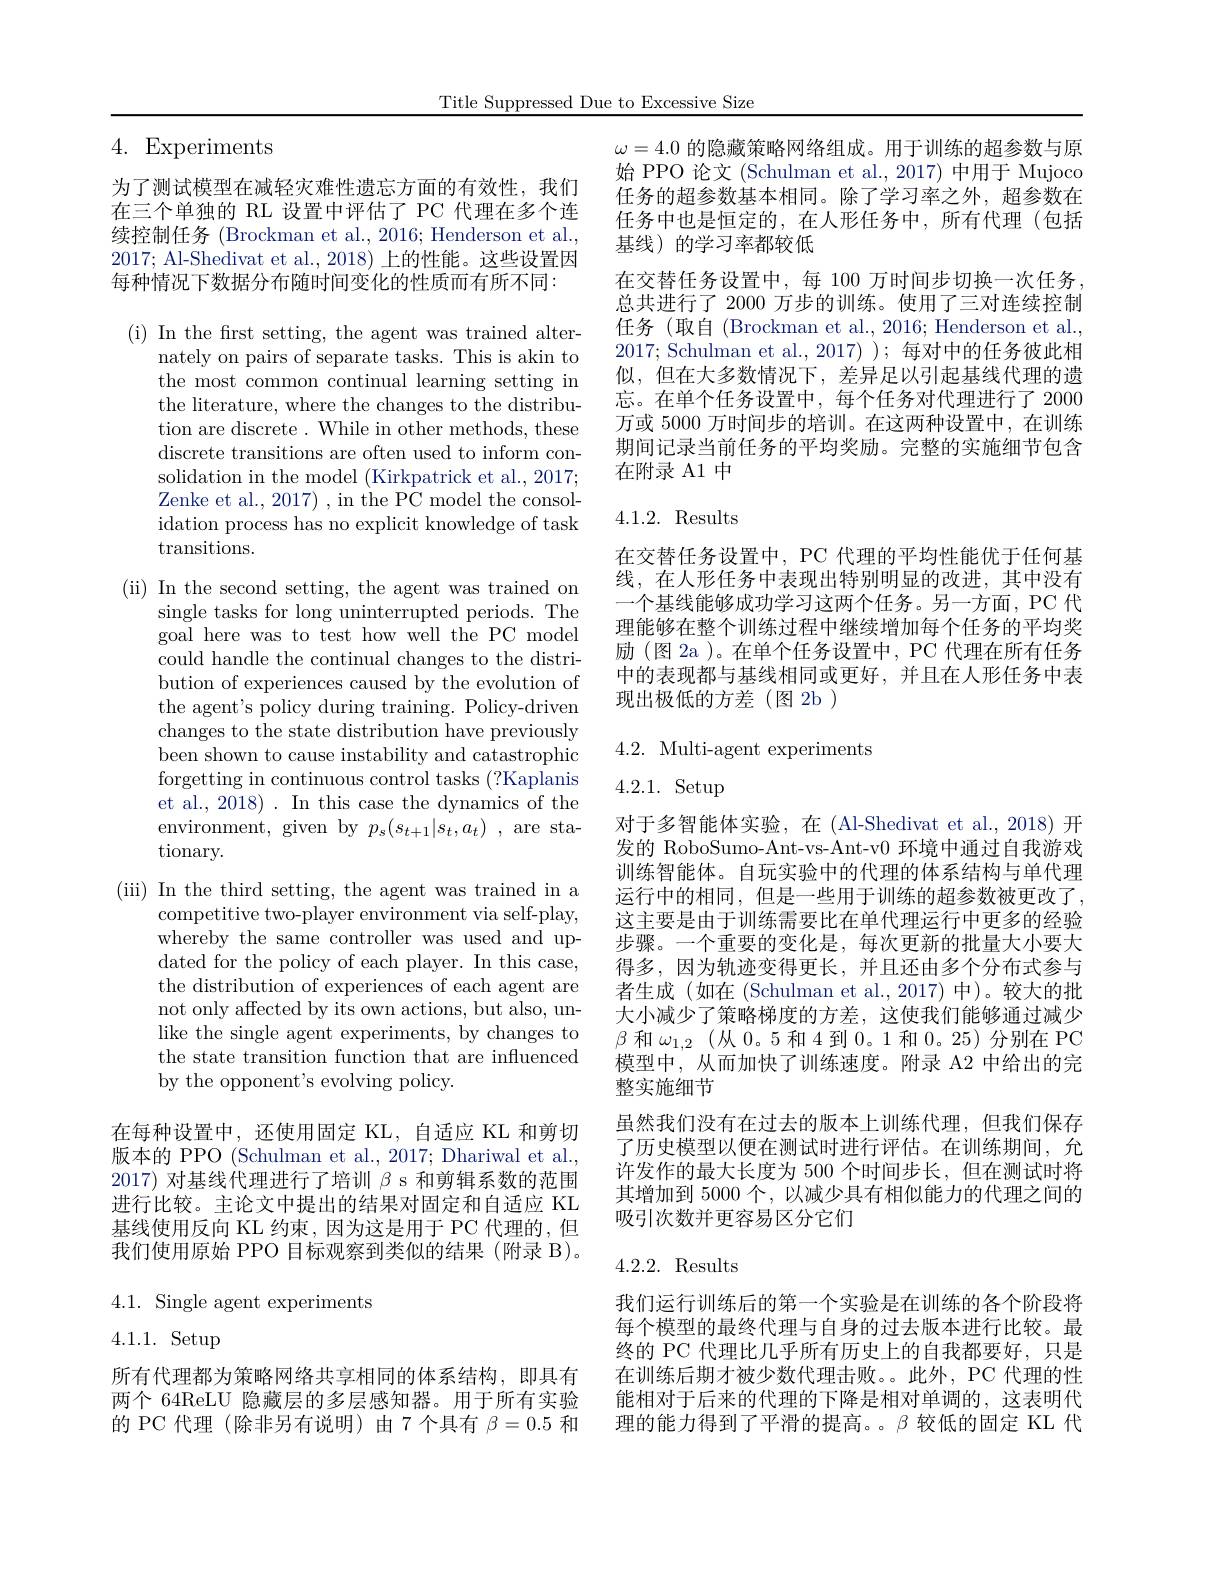
Title Suppressed Due to Excessive Size

4. Experiments

为了测试模型在减轻灾难性遗忘方面的有效性，我们在三个单独的 RL 设置中评估了 PC 代理在多个连续控制任务 (Brockman et al., 2016; Henderson et al., 2017; Al-Shedivat et al., 2018) 上的性能。这些设置因每种情况下数据分布随时间变化的性质而有所不同：

(i) In the first setting, the agent was trained alter-
nately on pairs of separate tasks. This is akin to the most common continual learning setting in the literature, where the changes to the distribution are discrete . While in other methods, these discrete transitions are often used to inform consolidation in the model (Kirkpatrick et al., 2017; Zenke et al., 2017) , in the PC model the consolidation process has no explicit knowledge of task transitions.

(ii) In the second setting, the agent was trained on
single tasks for long uninterrupted periods. The goal here was to test how well the PC model could handle the continual changes to the distribution of experiences caused by the evolution of the agent's policy during training. Policy-driven changes to the state distribution have previously been shown to cause instability and catastrophic forgetting in continuous control tasks (?Kaplanis et al., 2018) . In this case the dynamics of the environment, given by $p_s(s_{t+1}|s_t,a_t)$ , are stationary.
( iii) In the third setting, the agent was trained in a
competitive two-player environment via self-play, whereby the same controller was used and updated for the policy of each player. In this case, the distribution of experiences of each agent are not only affected by its own actions, but also, unlike the single agent experiments, by changes to the state transition function that are influenced by the opponent's evolving policy.
在每种设置中，还使用固定 KL, 自适应 KL 和剪切版本的 PPO (Schulman et al., 2017; Dhariwal et al.,

2017) 对基线代理进行了培训$\beta$ s 和剪辑系数的范围进行比较。主论文中提出的结果对固定和自适应 KL 基线使用反向 KL 约束 ,因为这是用于 PC 代理的，但我们使用原始 PPO 目标观察到类似的结果 (附录 B)。

4.1. Single agent experiments

$4.1.1.~$Setup

所有代理都为策略网络共享相同的体系结构，即具有两个 64ReLU 隐藏层的多层感知器。用于所有实验的 PC 代理 (除非另有说明)由 7 个具有$\beta=0.5$和

$\omega=4.0$的隐藏策略网络组成。用于训练的超参数与原始 PPO 论文 (Schulman et al., 2017) 中用于 Mujoco 任务的超参数基本相同。除了学习率之外，超参数在任务中也是恒定的，在人形任务中，所有代理(包括基线)的学习率都较低
在交替任务设置中，每 100 万时间步切换一次任务， 总共进行了 2000 万步的训练。使用了三对连续控制任务(取自 (Brockman et al., 2016; Henderson et al., 2017; Schulman et al.,2017));每对中的任务彼此相似，但在大多数情况下，差异足以引起基线代理的遗忘。在单个任务设置中，每个任务对代理进行了 2000万或 5000 万时间步的培训。在这两种设置中，在训练期间记录当前任务的平均奖励。完整的实施细节包含在附录 A1 中

### 4.1.2. Results

在交替任务设置中，PC 代理的平均性能优于任何基线，在人形任务中表现出特别明显的改进，其中没有一个基线能够成功学习这两个任务。另一方面，PC 代理能够在整个训练过程中继续增加每个任务的平均奖励(图 2a )。在单个任务设置中，PC 代理在所有任务中的表现都与基线相同或更好，并且在人形任务中表现出极低的方差(图2b)

## 4.2. Multi-agent experiments

# $4.2.1.~$Setup

对于多智能体实验，在 (Al-Shedivat et al., 2018) 开发的 RoboSumo-Ant-vs-Ant-v0 环境中通过自我游戏训练智能体。自玩实验中的代理的体系结构与单代理运行中的相同，但是一些用于训练的超参数被更改了， 这主要是由于训练需要比在单代理运行中更多的经验步骤。一个重要的变化是，每次更新的批量大小要大得多，因为轨迹变得更长，并且还由多个分布式参与者生成(如在(Schulman et al.,2017)中)。较大的批大小减少了策略梯度的方差，这使我们能够通过减少$\beta$和$\omega_1,2$ (从0。5 和 4 到0。1 和0。25)分别在 PC 模型中，从而加快了训练速度。附录 A2 中给出的完整实施细节
虽然我们没有在过去的版本上训练代理，但我们保存了历史模型以便在测试时进行评估。在训练期间，允许发作的最大长度为 500 个时间步长，但在测试时将其增加到 5000 个，以减少具有相似能力的代理之间的吸引次数并更容易区分它们

### 4.2.2. Results

我们运行训练后的第一个实验是在训练的各个阶段将每个模型的最终代理与自身的过去版本进行比较。最终的 PC 代理比几乎所有历史上的自我都要好，只是在训练后期才被少数代理击败。。此外，PC 代理的性能相对于后来的代理的下降是相对单调的，这表明代理的能力得到了平滑的提高。。$\beta$较低的固定 KL 代